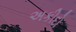
અકીદો